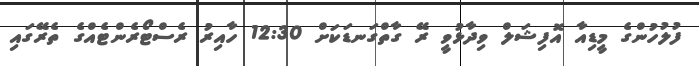
ފުލުހުންގެ މީޑިއާ އޮފިޝަލް ވިދާޅުވީ ރޭ ގާތްގަނޑަކަށް 12:30 ހާއިރު ރެސްޓޯރެންޓެއްގެ ތެރޭގައި